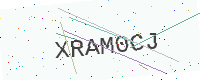
Text: XRAM0CJ